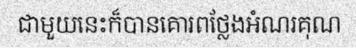
ជាមួយនេះក៏បានគោរពថ្លែងអំណរគុណ